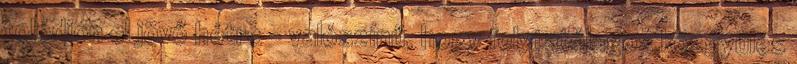
tolódjon el jövő hétre – valószínű, hogy folytatólagos közgyűlés